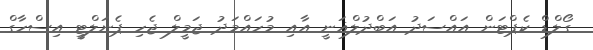
ގޯލްޑް ކެޕްޓަން އައްސަދު އަބްދުލްޣަނީ އާއި މުހައްމަދު ޖަމީލް ޖެހި ޕެނަލްޓީ އިސްހާގް